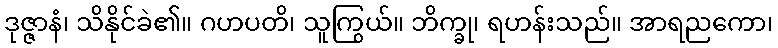
ဒုဇ္ဇာနံ၊ သိနိုင်ခဲ၏။ ဂဟပတိ၊ သူကြွယ်။ ဘိက္ခု၊ ရဟန်းသည်။ အာရညကော၊